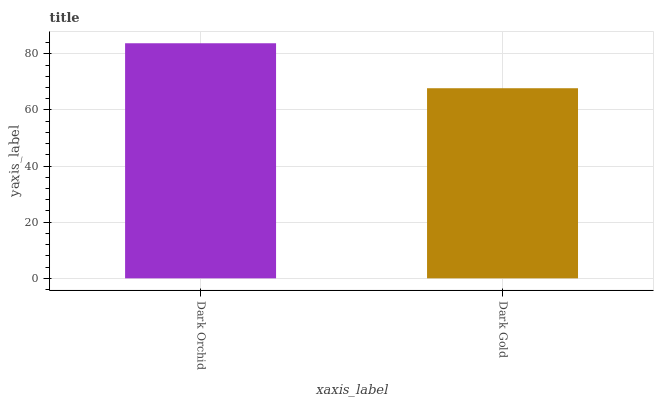
| xaxis_label | bars |
 | --- | --- |
 | Dark Orchid | 83.8 |
 | Dark Gold | 67.8 |